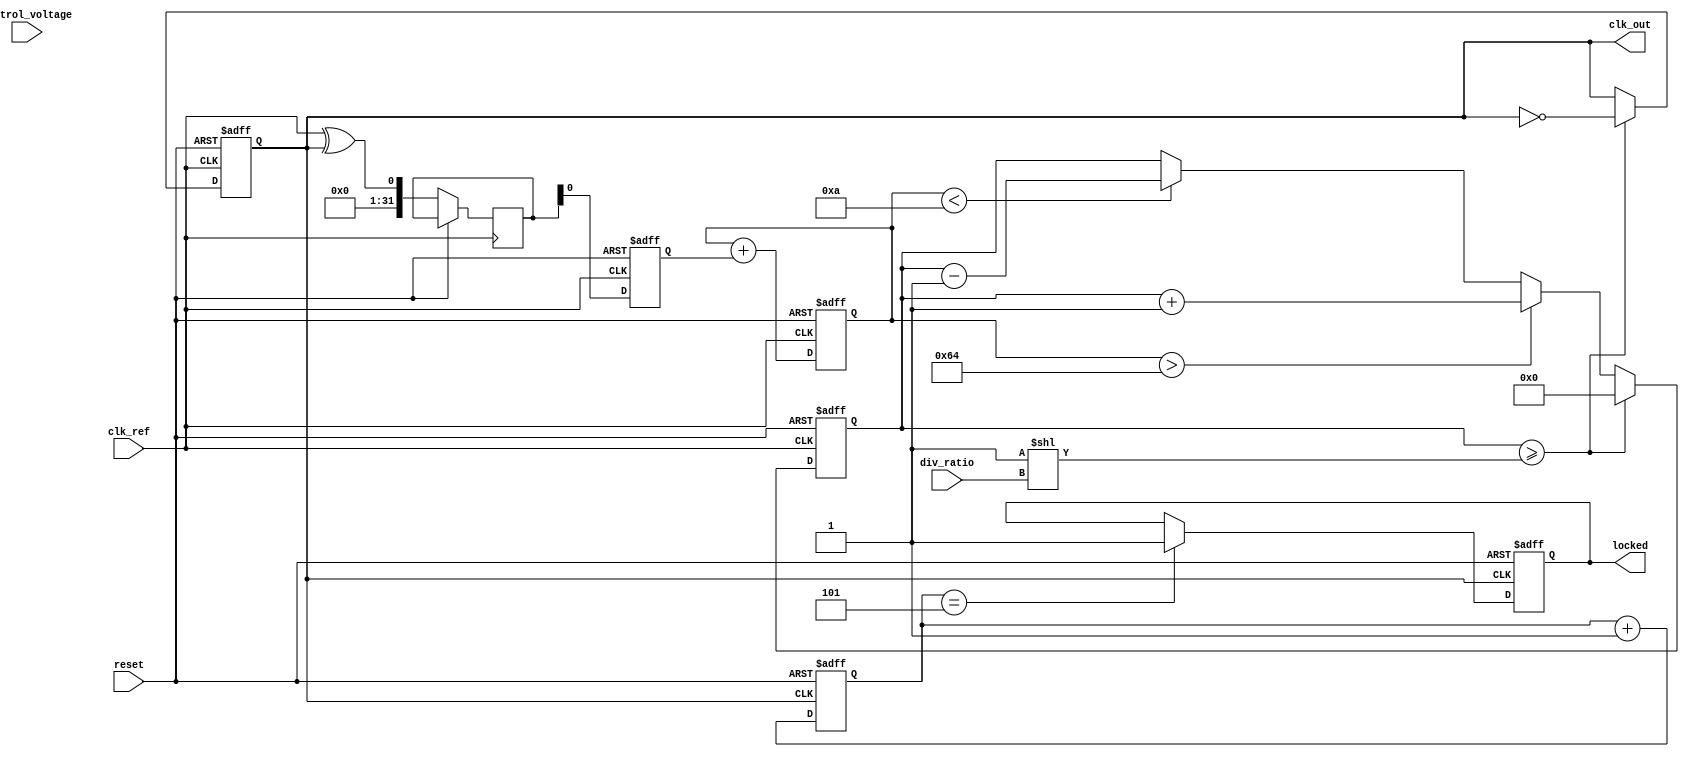
module high_performance_PLL(
    input wire clk_ref,          // Input reference clock
    input wire reset,            // Asynchronous reset
    input wire [2:0] div_ratio,  // Programmable divider ratio (1, 2, 4, ...)
    input wire control_voltage,   // Control voltage for VCO
    output reg clk_out,          // Output clock
    output reg locked            // Lock status
);

    // Parameters
    parameter VCO_MAX_FREQ = 100; // Example max VCO frequency
    parameter VCO_MIN_FREQ = 10;   // Example min VCO frequency
    parameter LOCK_THRESHOLD = 5;   // Phase difference threshold for lock

    // Internal signals
    reg [31:0] vco_counter;         // VCO counter
    reg [31:0] feedback_counter;     // Feedback counter
    reg phase_error;                 // Phase error signal
    reg [31:0] loop_filter_output;   // Output of the loop filter
    reg [31:0] phase_detector_output; // Output of the phase detector

    // Phase Detector (XOR type)
    always @(posedge clk_ref or posedge reset) begin
        if (reset) begin
            phase_error <= 0;
        end else begin
            // Simple phase detector logic
            phase_detector_output <= (clk_ref ^ clk_out);
            phase_error <= phase_detector_output;
        end
    end

    // Loop Filter (Simple integrator)
    always @(posedge clk_ref or posedge reset) begin
        if (reset) begin
            loop_filter_output <= 0;
        end else begin
            loop_filter_output <= loop_filter_output + phase_error; // Integrate error
        end
    end

    // Voltage-Controlled Oscillator (VCO)
    always @(posedge clk_ref or posedge reset) begin
        if (reset) begin
            vco_counter <= 0;
            clk_out <= 0;
        end else begin
            // Adjust frequency based on loop filter output
            if (loop_filter_output > VCO_MAX_FREQ) begin
                vco_counter <= vco_counter + 1;
            end else if (loop_filter_output < VCO_MIN_FREQ) begin
                vco_counter <= vco_counter - 1;
            end

            // Generate output clock based on vco_counter
            if (vco_counter >= (1 << div_ratio)) begin
                clk_out <= ~clk_out; // Toggle output clock
                vco_counter <= 0;     // Reset counter
            end
        end
    end

    // Feedback Divider
    always @(posedge clk_out or posedge reset) begin
        if (reset) begin
            feedback_counter <= 0;
            locked <= 0;
        end else begin
            feedback_counter <= feedback_counter + 1;
            if (feedback_counter == LOCK_THRESHOLD) begin
                locked <= 1; // Indicate locked state
            end
        end
    end

endmodule